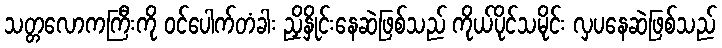
သတ္တလောကကြီးကို ဝင်ပေါက်တံခါး ညှိနှိုင်းနေဆဲဖြစ်သည် ကိုယ်ပိုင်သမိုင်း လှပနေဆဲဖြစ်သည်